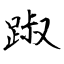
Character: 踧